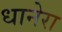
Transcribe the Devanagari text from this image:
धानेरा